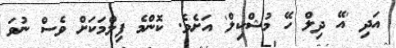
އަދި 'އޭ ދިލް ހޭ މުޝްކިލް' އަށެވެ. ކޮންމެ ފިލްމަކަށް ވެސް ނުވަ